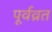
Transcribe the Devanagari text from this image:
पूर्वव्रत